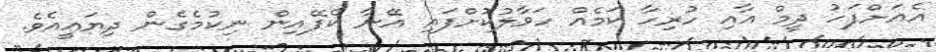
އެއަށްފަހު ދީމް އާއި ހުރިހާ ކަމެއް ހަވާލުކޮށްފައި އޭނާ ކެފޭއިން ނިކުމެގެން ދިޔައީއެވެ.